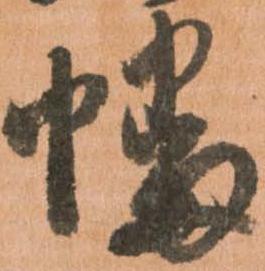
幡